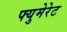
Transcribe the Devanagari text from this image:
फ्युमेरेट